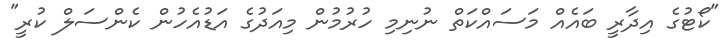
"ކޯޓުގެ އިދާރީ ބައެއް މަސައްކަތް ނުނިމި ހުރުމުން މިއަދުގެ އަޑުއެހުން ކެންސަލް ކުރީ"